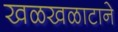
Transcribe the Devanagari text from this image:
खळखळाटाने